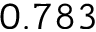
0 . 7 8 3